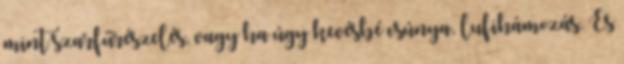
mint szarfűrészelés, vagy ha úgy kevésbé csúnya, lufihámozás. És